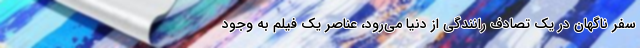
سفر ناگهان در یک تصادف رانندگی از دنیا می‌رود، عناصر یک فیلم به وجود